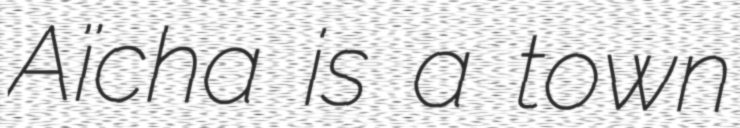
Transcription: Aïcha is a town